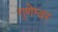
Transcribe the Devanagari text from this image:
गुणेश्वर